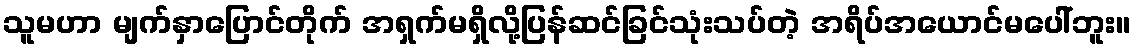
သူမဟာ မျက်နှာပြောင်တိုက် အရှက်မရှိလို့ပြန်ဆင်ခြင်သုံးသပ်တဲ့ အရိပ်အယောင်မပေါ်ဘူး။